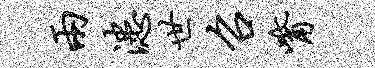
两漶世召觜